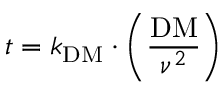
t = k _ { \mathrm { D M } } \cdot \left( { \frac { \mathrm { D M } } { \nu ^ { 2 } } } \right)